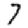
Digit: 7